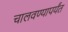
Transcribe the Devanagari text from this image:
चालवण्यापर्यंत